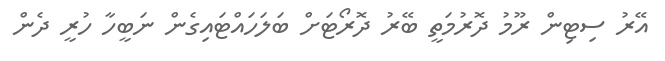
އޭރު ސިޓިން ރޫމު ދޮރުމަތީ ބޭރު ދޮރޯޓަށް ބަލަހައްޓައިގެން ނަބީހާ ހުރީ ދެން